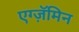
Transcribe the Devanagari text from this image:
एग्ज़ॅमिन